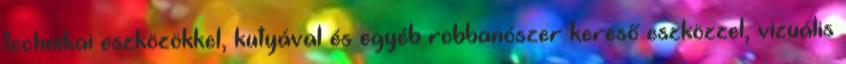
technikai eszközökkel, kutyával és egyéb robbanószer kereső eszközzel, vizuális